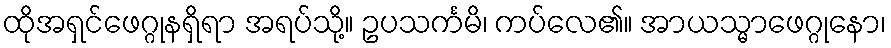
ထိုအရှင်ဖေဂ္ဂုနရှိရာ အရပ်သို့။ ဥပသင်္ကမိ၊ ကပ်လေ၏။ အာယသ္မာဖေဂ္ဂုနော၊